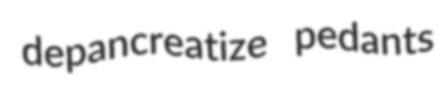
depancreatize pedants